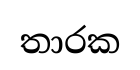
තාරක